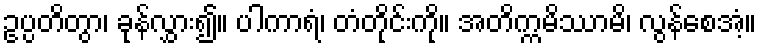
ဥပ္ပတိတွာ၊ ခုန်လွှား၍။ ပါကာရံ၊ တံတိုင်းကို။ အတိက္ကမိဿာမိ၊ လွန်စေအံ့။